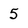
Character: 5